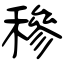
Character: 穇